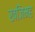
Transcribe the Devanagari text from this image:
खजिमह